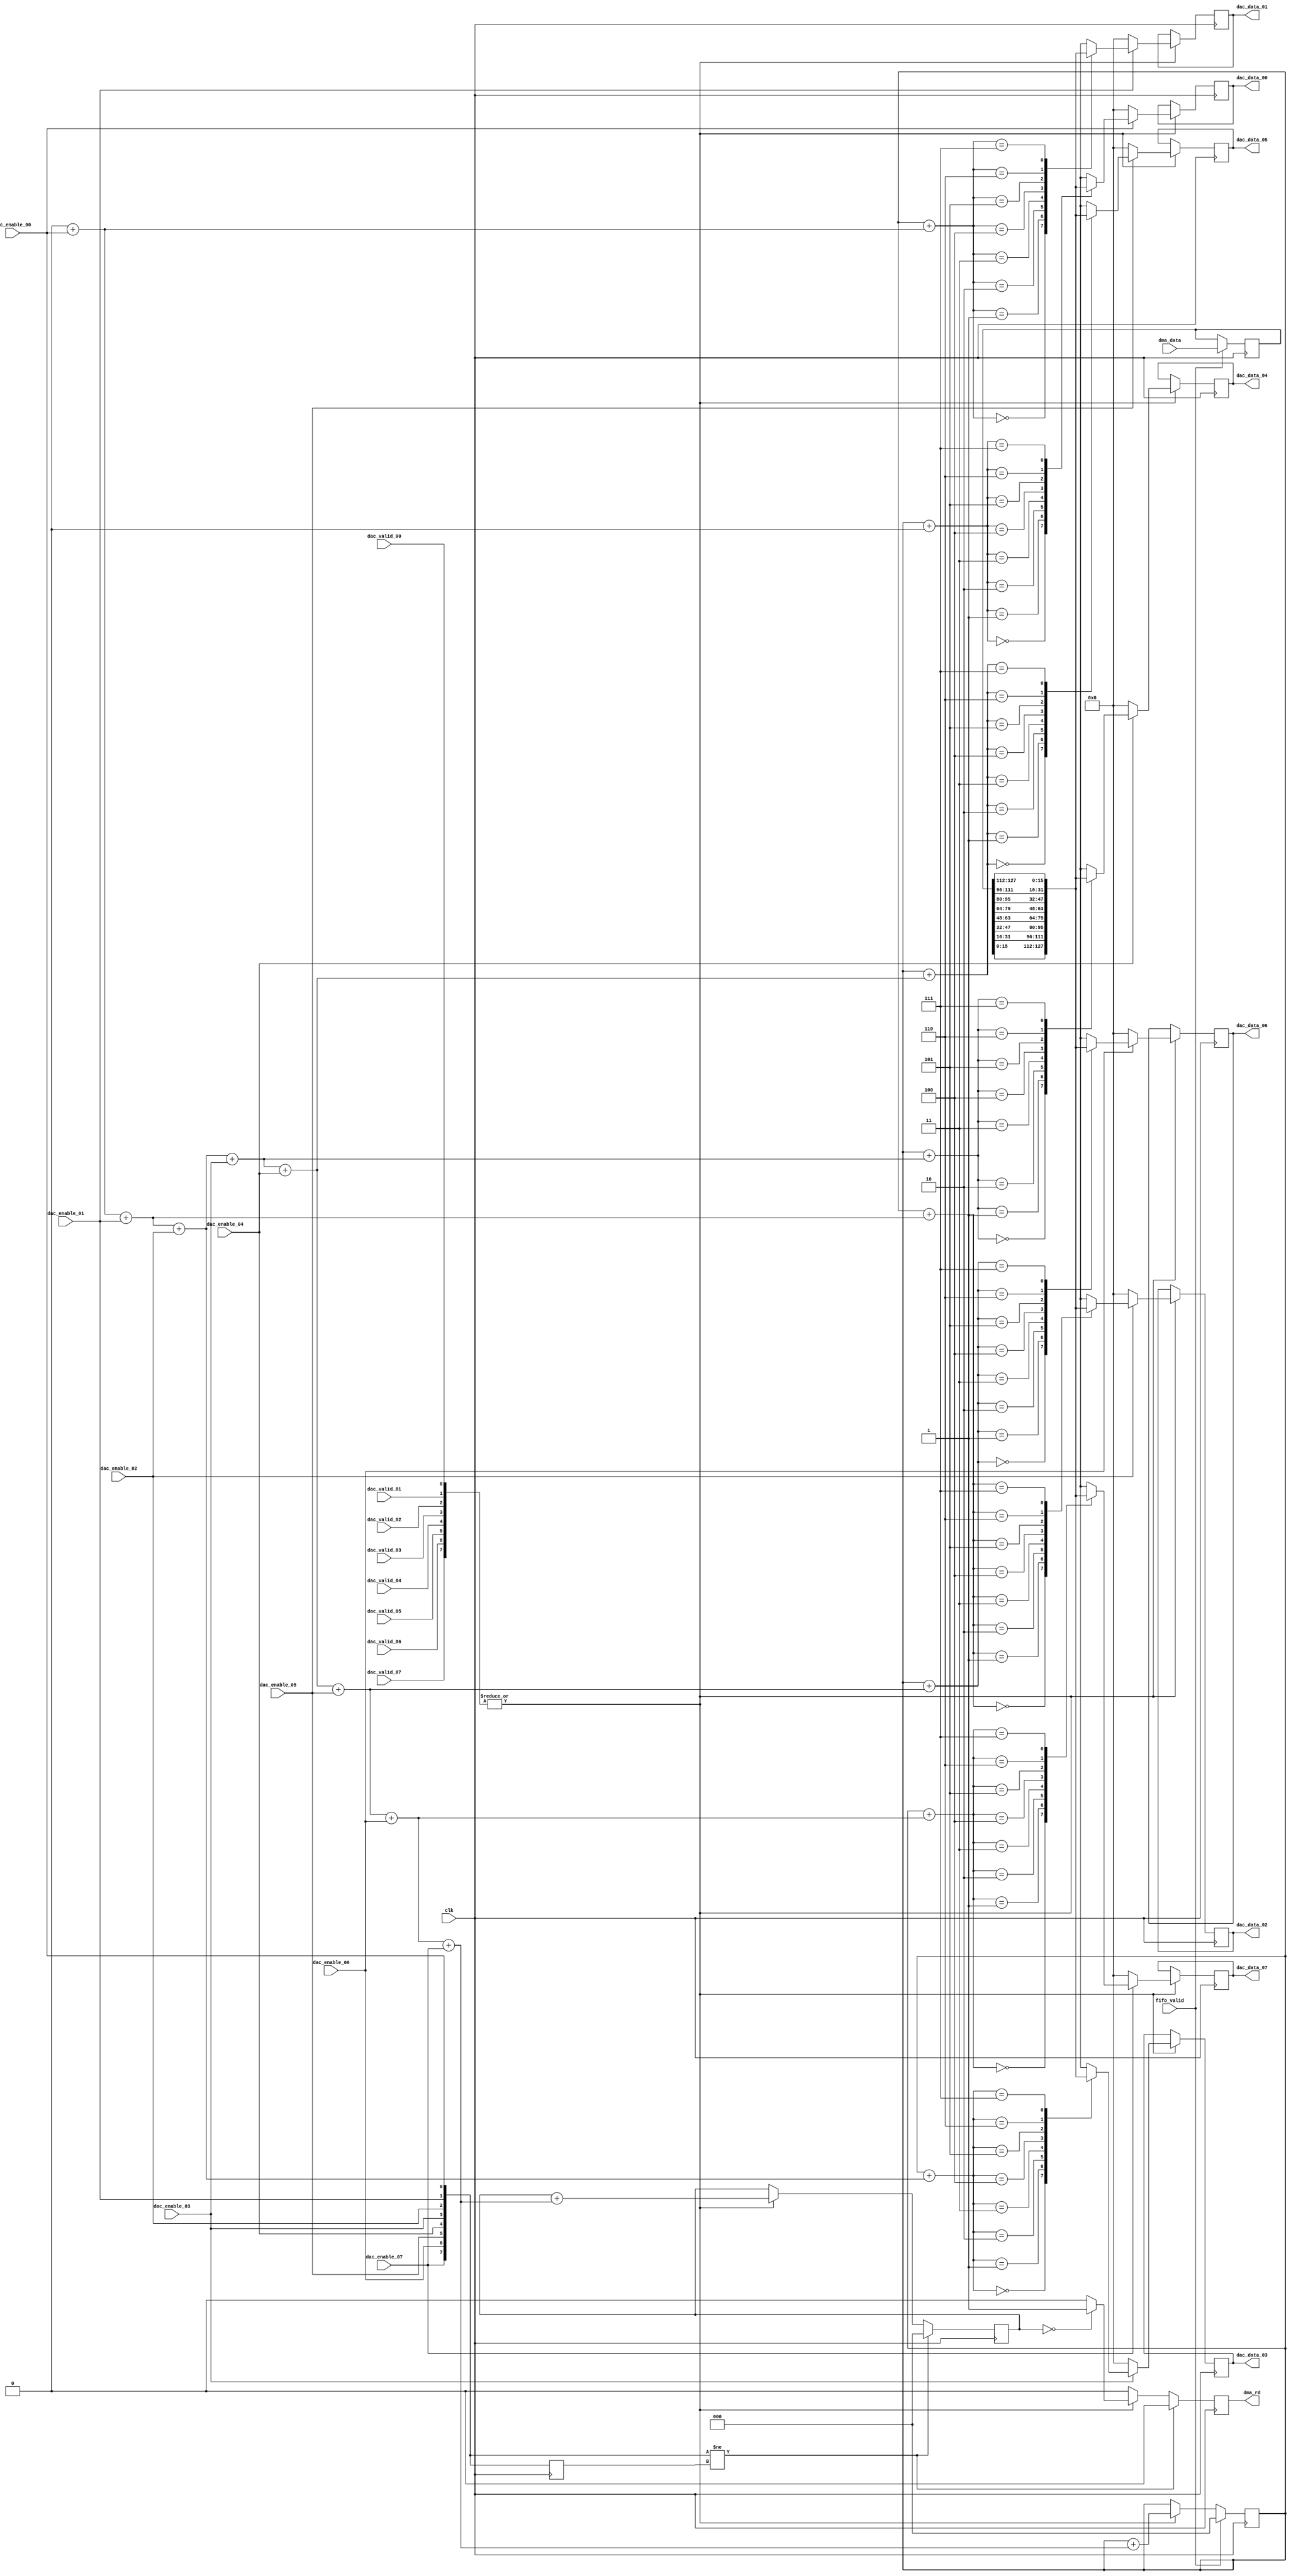
// ***************************************************************************
// ***************************************************************************
// Copyright 2014(c) Analog Devices, Inc.
//
// All rights reserved.
//
// Redistribution and use in source and binary forms, with or without modification,
// are permitted provided that the following conditions are met:
//     - Redistributions of source code must retain the above copyright
//       notice, this list of conditions and the following disclaimer.
//     - Redistributions in binary form must reproduce the above copyright
//       notice, this list of conditions and the following disclaimer in
//       the documentation and/or other materials provided with the
//       distribution.
//     - Neither the name of Analog Devices, Inc. nor the names of its
//       contributors may be used to endorse or promote products derived
//       from this software without specific prior written permission.
//     - The use of this software may or may not infringe the patent rights
//       of one or more patent holders.  This license does not release you
//       from the requirement that you obtain separate licenses from these
//       patent holders to use this software.
//     - Use of the software either in source or binary form, must be run
//       on or directly connected to an Analog Devices Inc. component.
//
// THIS SOFTWARE IS PROVIDED BY ANALOG DEVICES "AS IS" AND ANY EXPRESS OR IMPLIED WARRANTIES,
// INCLUDING, BUT NOT LIMITED TO, NON-INFRINGEMENT, MERCHANTABILITY AND FITNESS FOR A
// PARTICULAR PURPOSE ARE DISCLAIMED.
//
// IN NO EVENT SHALL ANALOG DEVICES BE LIABLE FOR ANY DIRECT, INDIRECT, INCIDENTAL, SPECIAL,
// EXEMPLARY, OR CONSEQUENTIAL DAMAGES (INCLUDING, BUT NOT LIMITED TO, INTELLECTUAL PROPERTY
// RIGHTS, PROCUREMENT OF SUBSTITUTE GOODS OR SERVICES; LOSS OF USE, DATA, OR PROFITS; OR
// BUSINESS INTERRUPTION) HOWEVER CAUSED AND ON ANY THEORY OF LIABILITY, WHETHER IN CONTRACT,
// STRICT LIABILITY, OR TORT (INCLUDING NEGLIGENCE OR OTHERWISE) ARISING IN ANY WAY OUT OF
// THE USE OF THIS SOFTWARE, EVEN IF ADVISED OF THE POSSIBILITY OF SUCH DAMAGE.
// ***************************************************************************
// ***************************************************************************
// ***************************************************************************
// ***************************************************************************

`timescale 1ns/100ps

module util_dac_unpack (

  clk,

  dac_enable_00,
  dac_valid_00,
  dac_data_00,

  dac_enable_01,
  dac_valid_01,
  dac_data_01,

  dac_enable_02,
  dac_valid_02,
  dac_data_02,

  dac_enable_03,
  dac_valid_03,
  dac_data_03,

  dac_enable_04,
  dac_valid_04,
  dac_data_04,

  dac_enable_05,
  dac_valid_05,
  dac_data_05,

  dac_enable_06,
  dac_valid_06,
  dac_data_06,

  dac_enable_07,
  dac_valid_07,
  dac_data_07,

  fifo_valid,
  dma_rd,
  dma_data);

  parameter NUM_OF_CHANNELS = 8; // valid values are 4 and 8
  parameter DATA_WIDTH = 16;

  input                   clk;

  input                    dac_enable_00;
  input                    dac_valid_00;
  output  [DATA_WIDTH-1:0] dac_data_00;

  input                    dac_enable_01;
  input                    dac_valid_01;
  output  [DATA_WIDTH-1:0] dac_data_01;

  input                    dac_enable_02;
  input                    dac_valid_02;
  output  [DATA_WIDTH-1:0] dac_data_02;

  input                    dac_enable_03;
  input                    dac_valid_03;
  output  [DATA_WIDTH-1:0] dac_data_03;

  input                    dac_enable_04;
  input                    dac_valid_04;
  output  [DATA_WIDTH-1:0] dac_data_04;

  input                    dac_enable_05;
  input                    dac_valid_05;
  output  [DATA_WIDTH-1:0] dac_data_05;

  input                    dac_enable_06;
  input                    dac_valid_06;
  output  [DATA_WIDTH-1:0] dac_data_06;

  input                    dac_enable_07;
  input                    dac_valid_07;
  output  [DATA_WIDTH-1:0] dac_data_07;

  input                             fifo_valid;
  output                            dma_rd;
  input   [NUM_OF_CHANNELS*DATA_WIDTH-1:0] dma_data;


  localparam DMA_DATA_WIDTH = NUM_OF_CHANNELS*DATA_WIDTH;

  wire [NUM_OF_CHANNELS-1:0]            dac_enable;
  wire [NUM_OF_CHANNELS-1:0]            dac_valid;

  wire [DATA_WIDTH-1:0]          data_array[0:NUM_OF_CHANNELS-1];

  wire [$clog2(NUM_OF_CHANNELS)-1:0]    offset [0:NUM_OF_CHANNELS-1];
  wire                           dac_chan_valid;

  reg [DATA_WIDTH*NUM_OF_CHANNELS-1:0]  dac_data = 'h00;
  reg [DMA_DATA_WIDTH-1:0]            buffer = 'h00;
  reg                            dma_rd = 1'b0;
  reg [$clog2(NUM_OF_CHANNELS)-1:0]     rd_counter = 'h00;
  reg [$clog2(NUM_OF_CHANNELS)-1:0]     req_counter = 'h00;
  reg [NUM_OF_CHANNELS-1:0]             dac_enable_d1 = 'h00;

  assign dac_enable[0] = dac_enable_00;
  assign dac_enable[1] = dac_enable_01;
  assign dac_enable[2] = dac_enable_02;
  assign dac_enable[3] = dac_enable_03;
  assign dac_valid[0] = dac_valid_00;
  assign dac_valid[1] = dac_valid_01;
  assign dac_valid[2] = dac_valid_02;
  assign dac_valid[3] = dac_valid_03;
  assign dac_data_00 = dac_data[DATA_WIDTH*1-1:DATA_WIDTH*0];
  assign dac_data_01 = dac_data[DATA_WIDTH*2-1:DATA_WIDTH*1];
  assign dac_data_02 = dac_data[DATA_WIDTH*3-1:DATA_WIDTH*2];
  assign dac_data_03 = dac_data[DATA_WIDTH*4-1:DATA_WIDTH*3];

  generate
    if (NUM_OF_CHANNELS >= 8) begin
      assign dac_enable[4] = dac_enable_04;
      assign dac_enable[5] = dac_enable_05;
      assign dac_enable[6] = dac_enable_06;
      assign dac_enable[7] = dac_enable_07;
      assign dac_valid[4] = dac_valid_04;
      assign dac_valid[5] = dac_valid_05;
      assign dac_valid[6] = dac_valid_06;
      assign dac_valid[7] = dac_valid_07;
      assign dac_data_04 = dac_data[DATA_WIDTH*5-1:DATA_WIDTH*4];
      assign dac_data_05 = dac_data[DATA_WIDTH*6-1:DATA_WIDTH*5];
      assign dac_data_06 = dac_data[DATA_WIDTH*7-1:DATA_WIDTH*6];
      assign dac_data_07 = dac_data[DATA_WIDTH*8-1:DATA_WIDTH*7];
    end else begin
      assign dac_data_04 = 'h0;
      assign dac_data_05 = 'h0;
      assign dac_data_06 = 'h0;
      assign dac_data_07 = 'h0;
    end
  endgenerate

  function integer enable_reduce;
    input n;
    integer n;
    integer i;
    begin
      enable_reduce = 0;
      for (i = 0; i < n; i = i + 1)
        enable_reduce = enable_reduce + dac_enable[i];
    end
  endfunction

  assign dac_chan_valid = |dac_valid;

  always @(posedge clk) begin
    if (fifo_valid == 1'b1) begin
      buffer <= dma_data;
      rd_counter <= 'h0;
    end else if (dac_chan_valid == 1'b1) begin
      rd_counter <= rd_counter + enable_reduce(NUM_OF_CHANNELS);
    end
  end

  always @(posedge clk) begin
     dma_rd <= 1'b0;
     if (dac_enable != dac_enable_d1) begin
       req_counter <= 'h00;
     end else if (dac_chan_valid == 1'b1) begin
       req_counter <= req_counter + enable_reduce(NUM_OF_CHANNELS);
       if (req_counter == 'h00) begin
         dma_rd <= 1'b1;
       end
     end
     dac_enable_d1 <= dac_enable;
  end

  generate
    genvar i;
    for (i = 0; i < NUM_OF_CHANNELS; i = i + 1) begin : gen_data_array
      assign data_array[i] = buffer[DATA_WIDTH+i*DATA_WIDTH-1:i*DATA_WIDTH];
    end
  endgenerate

  generate
    genvar j;
    for (j = 0; j < NUM_OF_CHANNELS; j = j + 1) begin : gen_dac_data
      assign offset[j] = rd_counter + enable_reduce(j);
      always @(posedge clk) begin
        if (dac_chan_valid) begin
          if (dac_enable[j])
            dac_data[DATA_WIDTH+j*DATA_WIDTH-1:j*DATA_WIDTH] <= data_array[offset[j]];
          else
            dac_data[DATA_WIDTH+j*DATA_WIDTH-1:j*DATA_WIDTH] <= 'h0000;
        end
      end
    end
  endgenerate

endmodule

// ***************************************************************************
// ***************************************************************************